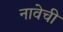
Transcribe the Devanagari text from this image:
नावेची